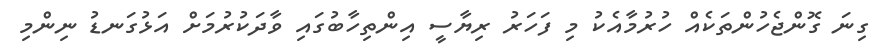
ގިނަ ގޮންޖެހުންތަކެއް ހުރުމާއެކު މި ފަހަރު ރިޔާސީ އިންތިހާބުގައި ވާދަކުރުމަށް އަޅުގަނޑު ނިންމި